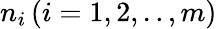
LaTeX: n_{i}\, (i=1,2,..,m)